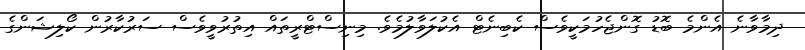
ދިމާވާނެ އެންމެ ބޮޑު ގޮންޖެހުމަކީވެސް ކެބިނެޓް އެކުލަވާލުމެވެ. މިނިސްޓްރީތައް އިތުރުވީވެސް ސަރުކާރުން ކޯލިޝަންގެ